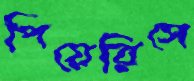
পিয়েরিসে